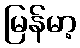
မြန်မာ့